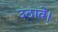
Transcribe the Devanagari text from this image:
उठावे।